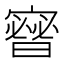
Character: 𱚙